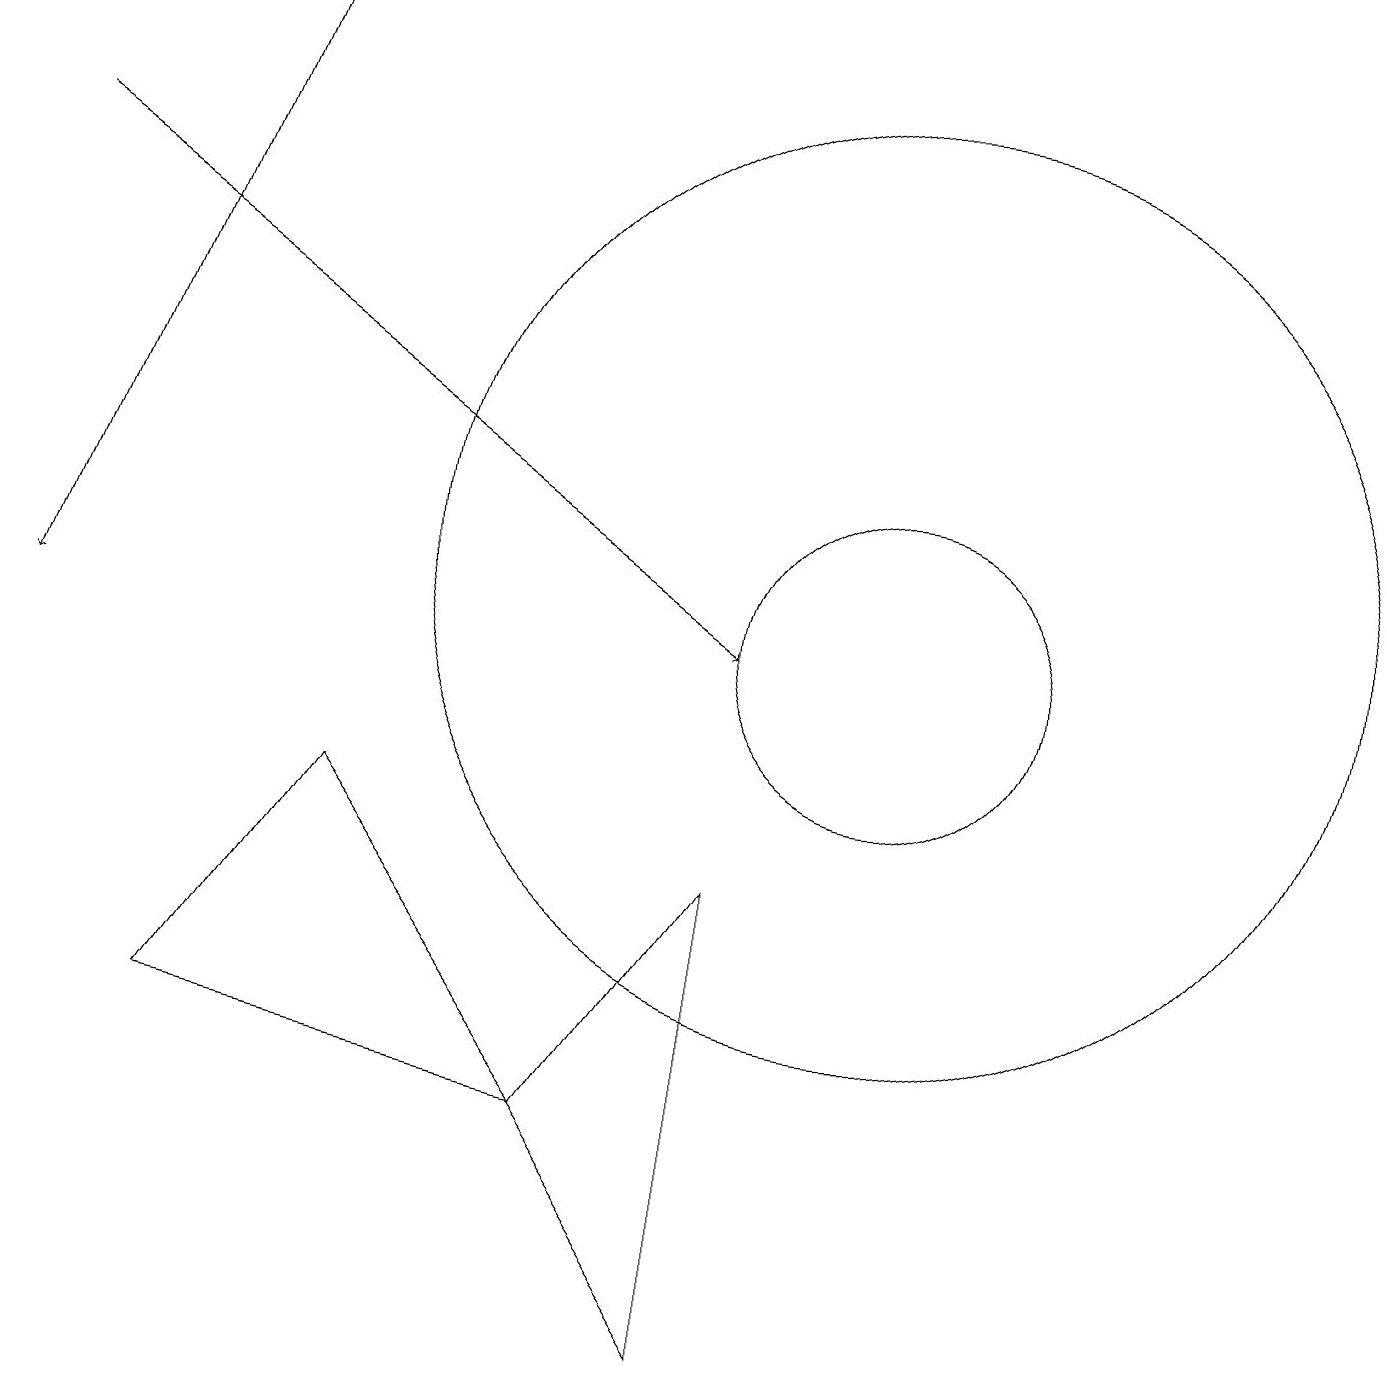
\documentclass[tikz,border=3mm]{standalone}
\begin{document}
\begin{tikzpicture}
\draw (7,5) -- (9,2) -- (9,8) -- cycle;
\draw (2,6) -- (7,5) -- (4,9) -- cycle;
\draw (11,12) circle (6);
\draw[->] (3,19) -- (0,11);
\draw[->] (0,17) -- (9,11);
\draw (11,11) circle (2);
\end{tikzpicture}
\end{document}